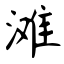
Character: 滩